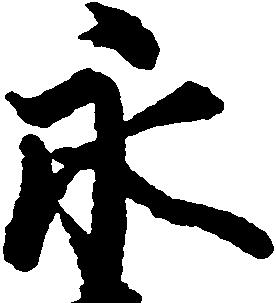
永